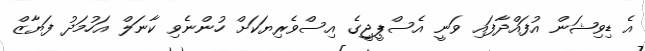
އެ ޑިވިޝަން އުފައްދާފައި ވަނީ އެސްޕީޖީގެ އިސްވެރިޔަކަށް ހުންނެވި ކާނަލް އަހުމަދު ފަޔާޒް